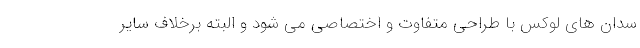
سدان های لوکس با طراحی متفاوت و اختصاصی می شود و البته برخلاف سایر